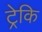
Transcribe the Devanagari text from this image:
ट्रेकि